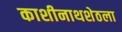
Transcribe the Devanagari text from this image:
काशीनाथशेठला